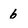
Character: 6